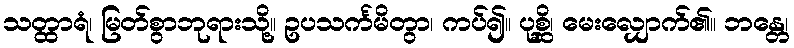
သတ္ထာရံ၊ မြတ်စွာဘုရားသို့။ ဥပသင်္ကမိတွာ၊ ကပ်၍။ ပုစ္ဆိ၊ မေးလျှောက်၏။ ဘန္တေ၊